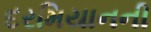
દરમિયાનની